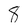
Character: 8